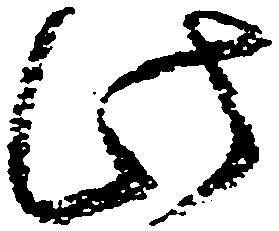
此